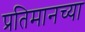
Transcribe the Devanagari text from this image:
प्रतिमानच्या